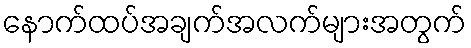
နောက်ထပ်အချက်အလက်များအတွက်